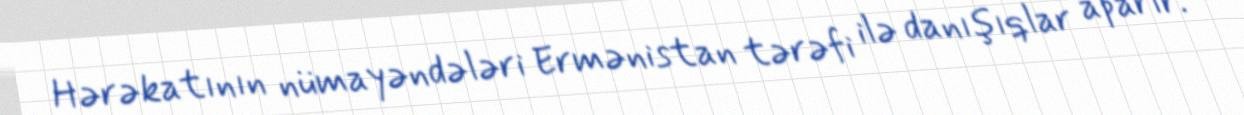
Hərəkatının nümayəndələri Ermənistan tərəfi ilə danışıqlar aparır.